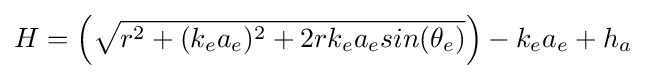
H=\left({\sqrt {r^{2}+(k_{e}a_{e})^{2}+2rk_{e}a_{e}sin(\theta _{e})}}\right)-k_{e}a_{e}+h_{a}